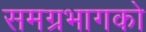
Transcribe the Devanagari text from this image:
समग्रभागको